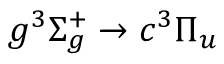
g ^ { 3 } \Sigma _ { g } ^ { + } \xrightarrow { } c ^ { 3 } \Pi _ { u }